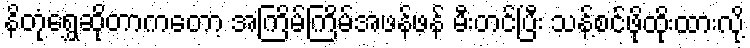
နိတုံရွှေဆိုတာကတော့ အကြိမ်ကြိမ်အဖန်ဖန် မီးတင်ပြီး သန့်စင်ဖိုထိုးထားလို့